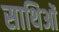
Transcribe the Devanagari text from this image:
साथिओं